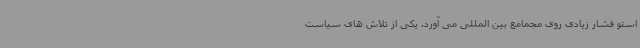
استو فشار زیادی روی مجمامع بین المللی می آورد. یکی از تلاش های سیاست